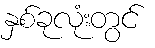
နှစ်ခုလုံးတွင်